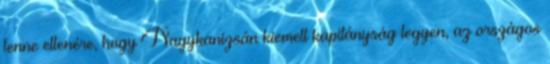
lenne ellenére, hogy Nagykanizsán kiemelt kapitányság legyen, az országos